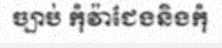
ច្បាប់ កុំវ៉ាជែងនិងកុំ